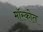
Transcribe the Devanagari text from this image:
मॉस्कोत